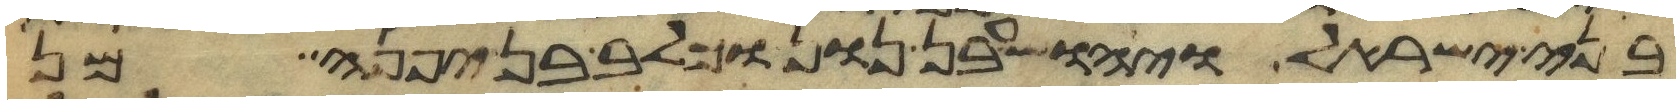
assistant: בני ישראל ויהושע בן נון וכלב בן יפנה מן